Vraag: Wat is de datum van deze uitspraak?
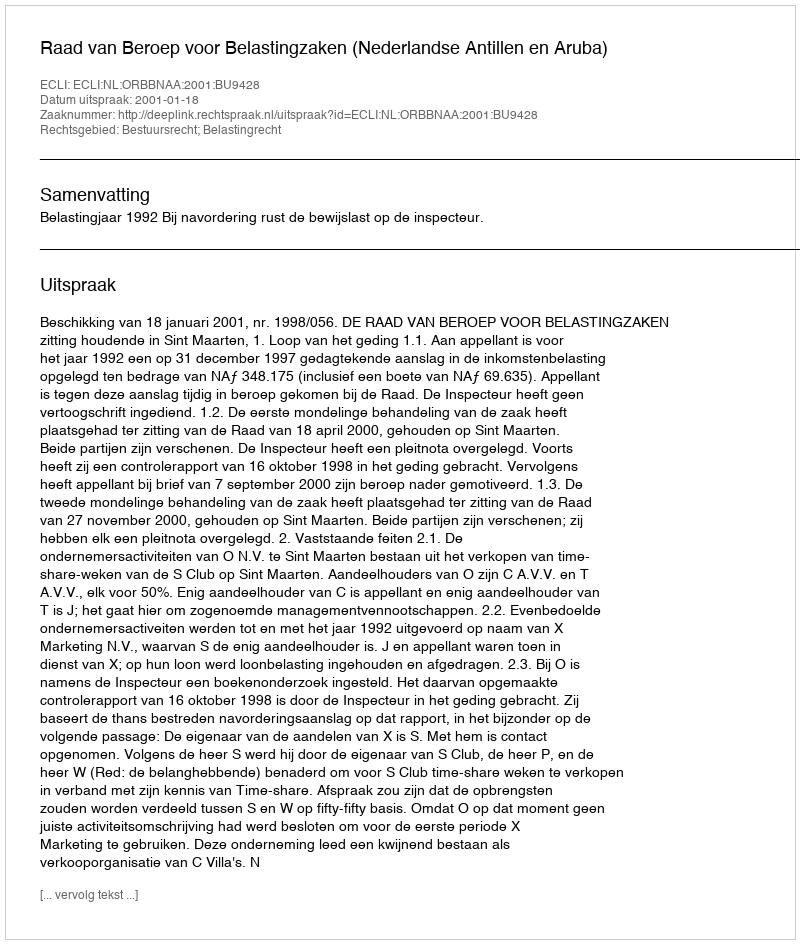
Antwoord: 2001-01-18